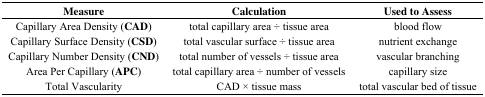
| Measure | Calculation | Used to Assess |
 | --- | --- | --- |
 | Capillary Area Density (CAD) | total capillary area ÷ tissue area | blood flow |
 | Capillary Surface Density (CSD) | total vascular surface ÷ tissue area | nutrient exchange |
 | Capillary Number Density (CND) | total number of vessels ÷ tissue area | vascular branching |
 | Area Per Capillary (APC) | total capillary area ÷ number of vessels | capillary size |
 | Total Vascularity | CAD × tissue mass | total vascular bed of tissue |